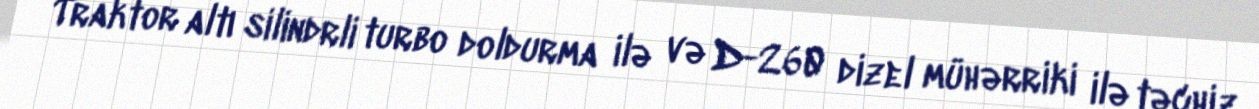
Traktor altı silindrli turbo doldurma ilə və D-260 dizel mühərriki ilə təchiz